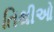
તિથીઓ